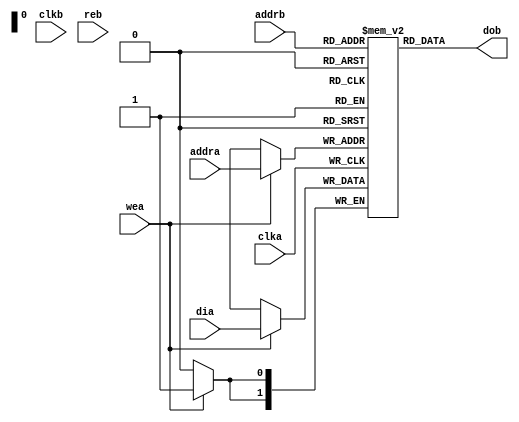
`default_nettype none
module mem_simple_dual_port (
	clka,
	clkb,
	wea,
	reb,
	addra,
	addrb,
	dia,
	dob
);
	reg _sv2v_0;
	parameter DATA_WIDTH = 0;
	parameter DEPTH = 0;
	parameter OUTPUT_DELAY = 0;
	parameter [DATA_WIDTH - 1:0] DEFAULT_VALUE = 0;
	input wire clka;
	input wire clkb;
	input wire wea;
	input wire reb;
	input wire [$clog2(DEPTH) - 1:0] addra;
	input wire [$clog2(DEPTH) - 1:0] addrb;
	input wire [DATA_WIDTH - 1:0] dia;
	output reg [DATA_WIDTH - 1:0] dob;
	reg [DATA_WIDTH - 1:0] dob_p0;
	reg [DATA_WIDTH - 1:0] ram [DEPTH - 1:0];
	initial begin : sv2v_autoblock_1
		reg signed [31:0] i;
		for (i = 0; i < DEPTH; i = i + 1)
			ram[i] = DEFAULT_VALUE;
	end
	always @(posedge clka)
		if (wea)
			ram[addra] <= dia;
	always @(*) begin
		if (_sv2v_0)
			;
		dob_p0 = ram[addrb];
	end
	generate
		if (OUTPUT_DELAY != 0) begin : genblk1
			reg [DATA_WIDTH - 1:0] dob_p1 = DEFAULT_VALUE;
			always @(posedge clkb)
				if (reb)
					dob_p1 <= dob_p0;
			if (OUTPUT_DELAY == 1) begin : genblk1
				always @(*) begin
					if (_sv2v_0)
						;
					dob = dob_p1;
				end
			end
			else if (OUTPUT_DELAY == 2) begin : genblk1
				reg [DATA_WIDTH - 1:0] dob_p2 = DEFAULT_VALUE;
				always @(posedge clkb) dob_p2 <= dob_p1;
				always @(*) begin
					if (_sv2v_0)
						;
					dob = dob_p2;
				end
			end
		end
		else begin : genblk1
			always @(*) begin
				if (_sv2v_0)
					;
				dob = dob_p0;
			end
		end
	endgenerate
	initial _sv2v_0 = 0;
endmodule
`default_nettype wire